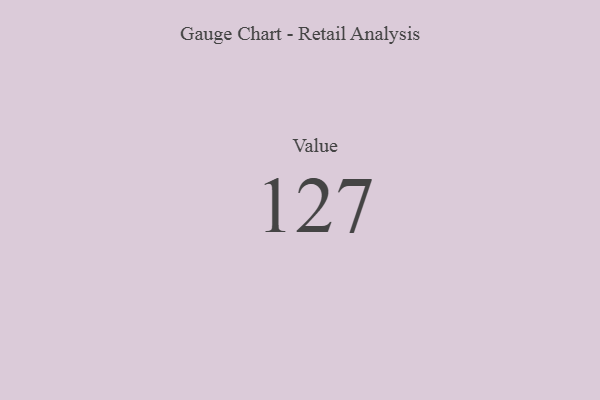
{"axis": {"x": "Metric", "y": "Value"}, "legend": [""], "data": [{"x": "Value", "y": 127, "type": ""}]}